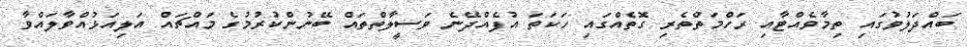
ބައްދަލުވުގައި ތިމާވެއްޓާއި ރަހްމަތްތެރި ގޮތެއްގައި ހަކަތަ އުފެއްދޭނެ ވަސީލާތްތައް ބޭނުންކުރުމުގެ މައްޗައް އަލިއަޅުއްވާލައްވާ